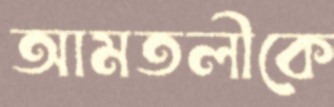
আমতলীকে